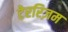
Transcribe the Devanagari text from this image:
टेररिज़म